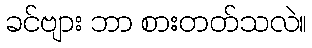
ခင်ဗျား ဘာ စားတတ်သလဲ။